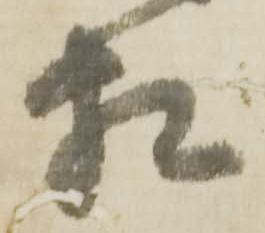
相